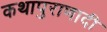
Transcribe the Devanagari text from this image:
कथापुराणादी